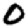
Digit: 0